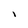
Character: l